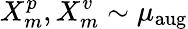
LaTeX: X_{m}^{p},X_{m}^{v}\sim\mu_{\mathrm{aug}}